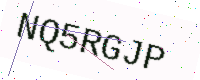
Text: NQ5RGJP